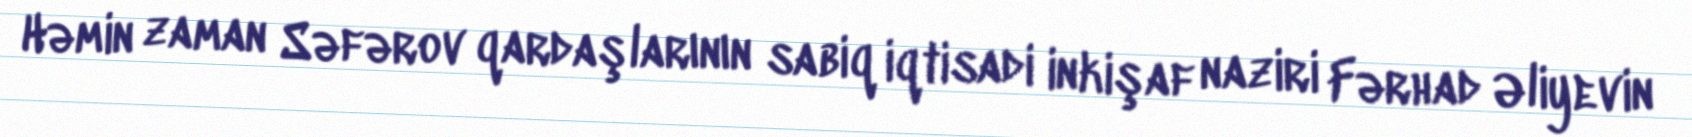
Həmin zaman Səfərov qardaşlarının sabiq iqtisadi inkişaf naziri Fərhad Əliyevin